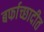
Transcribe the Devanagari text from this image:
बर्फाच्छादीत